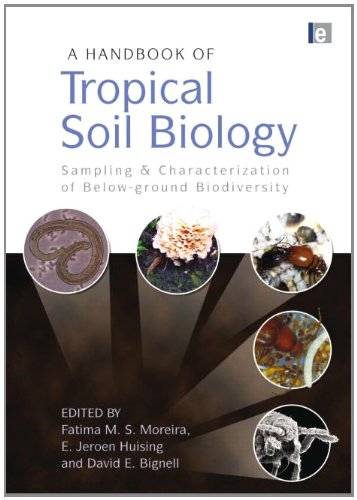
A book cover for A Handbook of Tropical Soil Biology: Sampling and Characterization of Below-ground Biodiversity; Fatima M. S. Moreira; Science & Math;